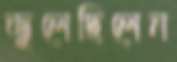
ভুলেছিলেন